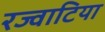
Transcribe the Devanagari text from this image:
रज्वाटिया